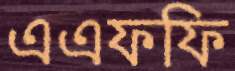
এএফফি